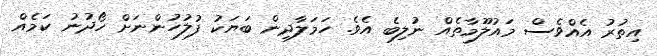
އިތުރު އެއްވެސް މައުލޫމާތެއް ނުލިބެ އެވެ. ހަމަލާދިން ބަޔަކު ފުލުހުންނަށް ހޯދުނު ކަމެއް